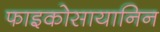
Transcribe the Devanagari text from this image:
फाइकोसायानिन